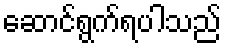
ဆောင်ရွက်ရပါသည်